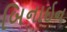
બિનાઇન